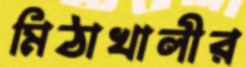
মিঠাখালীর